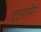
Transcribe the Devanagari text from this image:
एल्डरमेन